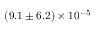
( 9 . 1 \pm 6 . 2 ) \times 1 0 ^ { - 5 }